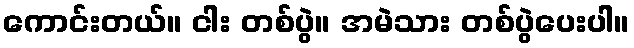
ကောင်းတယ်။ ငါး တစ်ပွဲ။ အမဲသား တစ်ပွဲပေးပါ။